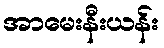
အာမေးနီးယန်း